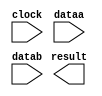
// megafunction wizard: %LPM_MULT%VBB%
// GENERATION: STANDARD
// VERSION: WM1.0
// MODULE: lpm_mult 

// ============================================================
// Megafunction Name(s):
// 			lpm_mult
//
// Simulation Library Files(s):
// 			lpm
// ============================================================
// ************************************************************
// THIS IS A WIZARD-GENERATED FILE. DO NOT EDIT THIS FILE!
//
// 9.1 Build 350 03/24/2010 SP 2 SJ Web Edition
// ************************************************************

//Copyright (C) 1991-2010 Altera Corporation
//Your use of Altera Corporation's design tools, logic functions 
//and other software and tools, and its AMPP partner logic 
//functions, and any output files from any of the foregoing 
//(including device programming or simulation files), and any 
//associated documentation or information are expressly subject 
//to the terms and conditions of the Altera Program License 
//Subscription Agreement, Altera MegaCore Function License 
//Agreement, or other applicable license agreement, including, 
//without limitation, that your use is for the sole purpose of 
//programming logic devices manufactured by Altera and sold by 
//Altera or its authorized distributors.  Please refer to the 
//applicable agreement for further details.

module mult (
	clock,
	dataa,
	datab,
	result);

	input	  clock;
	input	[15:0]  dataa;
	input	[15:0]  datab;
	output	[17:0]  result;

endmodule

// ============================================================
// CNX file retrieval info
// ============================================================
// Retrieval info: PRIVATE: AutoSizeResult NUMERIC "0"
// Retrieval info: PRIVATE: B_isConstant NUMERIC "0"
// Retrieval info: PRIVATE: ConstantB NUMERIC "0"
// Retrieval info: PRIVATE: INTENDED_DEVICE_FAMILY STRING "Cyclone II"
// Retrieval info: PRIVATE: LPM_PIPELINE NUMERIC "32"
// Retrieval info: PRIVATE: Latency NUMERIC "1"
// Retrieval info: PRIVATE: SYNTH_WRAPPER_GEN_POSTFIX STRING "0"
// Retrieval info: PRIVATE: SignedMult NUMERIC "1"
// Retrieval info: PRIVATE: USE_MULT NUMERIC "1"
// Retrieval info: PRIVATE: ValidConstant NUMERIC "0"
// Retrieval info: PRIVATE: WidthA NUMERIC "16"
// Retrieval info: PRIVATE: WidthB NUMERIC "16"
// Retrieval info: PRIVATE: WidthP NUMERIC "18"
// Retrieval info: PRIVATE: aclr NUMERIC "0"
// Retrieval info: PRIVATE: clken NUMERIC "0"
// Retrieval info: PRIVATE: optimize NUMERIC "1"
// Retrieval info: CONSTANT: LPM_HINT STRING "MAXIMIZE_SPEED=9"
// Retrieval info: CONSTANT: LPM_PIPELINE NUMERIC "32"
// Retrieval info: CONSTANT: LPM_REPRESENTATION STRING "SIGNED"
// Retrieval info: CONSTANT: LPM_TYPE STRING "LPM_MULT"
// Retrieval info: CONSTANT: LPM_WIDTHA NUMERIC "16"
// Retrieval info: CONSTANT: LPM_WIDTHB NUMERIC "16"
// Retrieval info: CONSTANT: LPM_WIDTHP NUMERIC "18"
// Retrieval info: USED_PORT: clock 0 0 0 0 INPUT NODEFVAL clock
// Retrieval info: USED_PORT: dataa 0 0 16 0 INPUT NODEFVAL dataa[15..0]
// Retrieval info: USED_PORT: datab 0 0 16 0 INPUT NODEFVAL datab[15..0]
// Retrieval info: USED_PORT: result 0 0 18 0 OUTPUT NODEFVAL result[17..0]
// Retrieval info: CONNECT: @dataa 0 0 16 0 dataa 0 0 16 0
// Retrieval info: CONNECT: result 0 0 18 0 @result 0 0 18 0
// Retrieval info: CONNECT: @datab 0 0 16 0 datab 0 0 16 0
// Retrieval info: CONNECT: @clock 0 0 0 0 clock 0 0 0 0
// Retrieval info: LIBRARY: lpm lpm.lpm_components.all
// Retrieval info: GEN_FILE: TYPE_NORMAL mult.v TRUE
// Retrieval info: GEN_FILE: TYPE_NORMAL mult.inc FALSE
// Retrieval info: GEN_FILE: TYPE_NORMAL mult.cmp FALSE
// Retrieval info: GEN_FILE: TYPE_NORMAL mult.bsf FALSE
// Retrieval info: GEN_FILE: TYPE_NORMAL mult_inst.v FALSE
// Retrieval info: GEN_FILE: TYPE_NORMAL mult_bb.v TRUE
// Retrieval info: GEN_FILE: TYPE_NORMAL mult_waveforms.html TRUE
// Retrieval info: GEN_FILE: TYPE_NORMAL mult_wave*.jpg FALSE
// Retrieval info: LIB_FILE: lpm